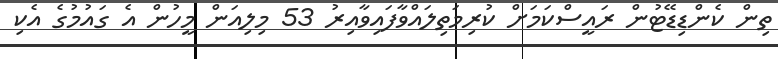
ތިން ކެންޑިޑޭޓުން ރައީސްކަމަށް ކުރިމަތިލައްވާފައިވާއިރު 53 މިލިއަން މީހުން އެ ގައުމުގެ އެކި